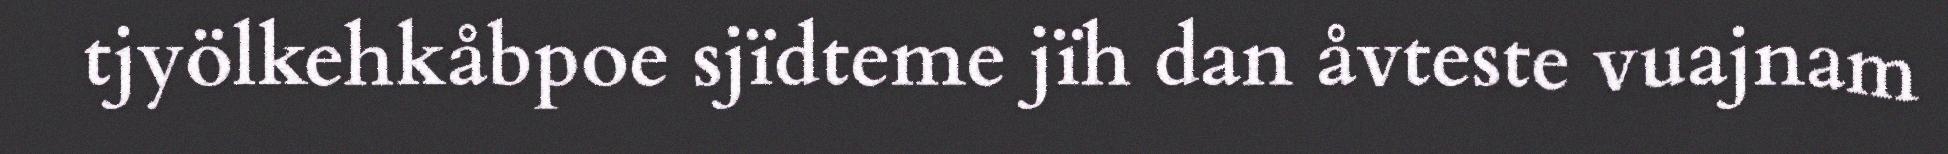
tjyölkehkåbpoe sjïdteme jïh dan åvteste vuajnam